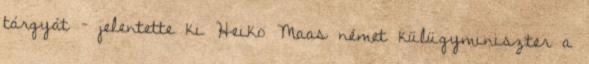
tárgyát – jelentette ki Heiko Maas német külügyminiszter a